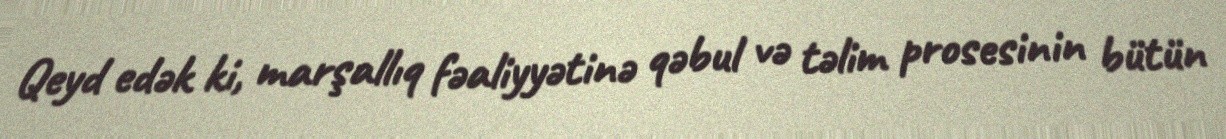
Qeyd edək ki, marşallıq fəaliyyətinə qəbul və təlim prosesinin bütün